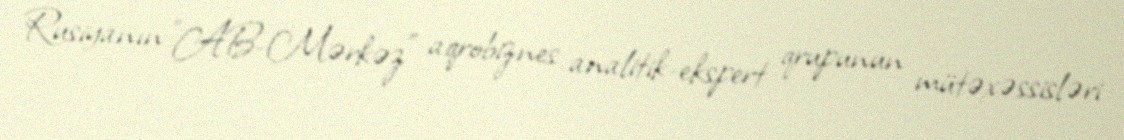
Rusiyanın "AB-Mərkəz" aqrobiznes analitik-ekspert qrupunun mütəxəssisləri